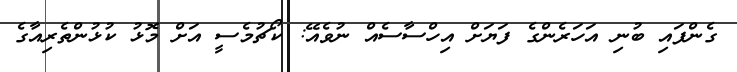
ގެންފައި ބުނި އަހަރެންގެ ފަޔަށް އިހްސާސެއް ނުވެއޭ: ކޯޗުމެސީ އަށް މޮޅު ކުޅުންތެރިއާގެ